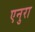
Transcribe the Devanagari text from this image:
एनुरा